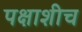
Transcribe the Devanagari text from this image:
पक्षाशीच